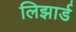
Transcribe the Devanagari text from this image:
लिझार्ड